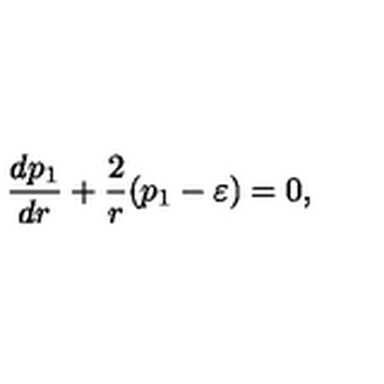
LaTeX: \frac { d p _ { 1 } } { d r } + \frac { 2 } { r } ( p _ { 1 } - \varepsilon ) = 0 ,